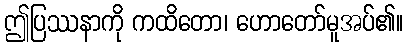
ဤပြဿနာကို ကထိတော၊ ဟောတော်မူအပ်၏။